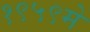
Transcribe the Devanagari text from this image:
१९५९मे